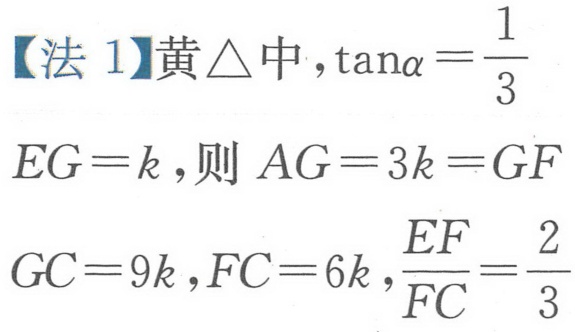
【法 1】黄\(\triangle\)中，\(\tan\alpha=\frac{1}{3}\)
\(EG = k\)，则\(AG = 3k = GF\)
\(GC = 9k\)，\(FC = 6k\)，\(\frac{EF}{FC}=\frac{2}{3}\)